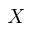
X